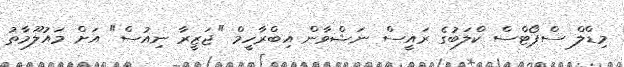
މިޑްލް ސްޕޯޓްސް ކްލަބުގެ ރައީސް ނަޝްވާން އިބްރާހީމް "ޖަޒީރާ ނިއުސް" އަށް މައުލޫމާތު